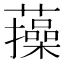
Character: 𧂈